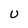
Character: U